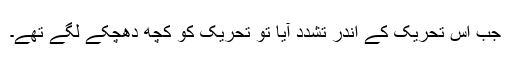
جب اس تحریک کے اندر تشدد آیا تو تحریک کو کچھ دھچکے لگے تھے۔